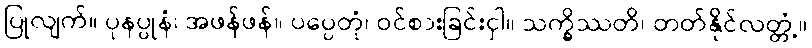
ပြုလျက်။ ပုနပ္ပုနံ၊ အဖန်ဖန်။ ပပ္ပေတုံ၊ ဝင်စားခြင်းငှါ။ သက္ခိဿတိ၊ တတ်နိုင်လတ္တံ့။